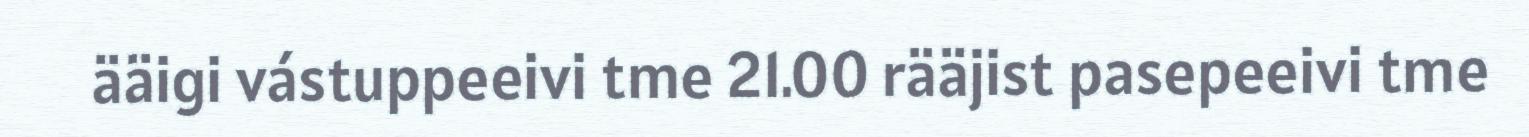
ääigi vástuppeeivi tme 21.00 rääjist pasepeeivi tme